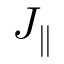
J _ { \parallel }